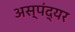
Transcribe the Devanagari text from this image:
अस्पंद्यर